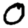
Digit: 0